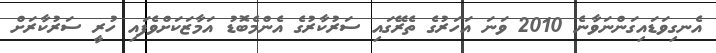
އެނގިވަޑައިގަންނަވާނެ 2010 ވަނަ އަހަރުގެ ތެރޭގައި ސަރުކާރުގެ އެންމެބޮޑު އަމާޒަކަށްވެފައި ހުރީ ސަރުކާރަށް